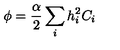
\phi = \frac { \alpha } { 2 } \sum _ { i } h _ { i } ^ { 2 } C _ { i }